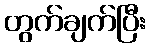
တွက်ချက်ပြီး